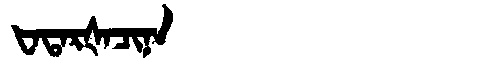
Manchu: ᡶᠠᡨᠠᡵᡧᠠᠴᡳᠨᠠ
Romanization: FATARŠACINA